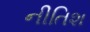
નીતિશ